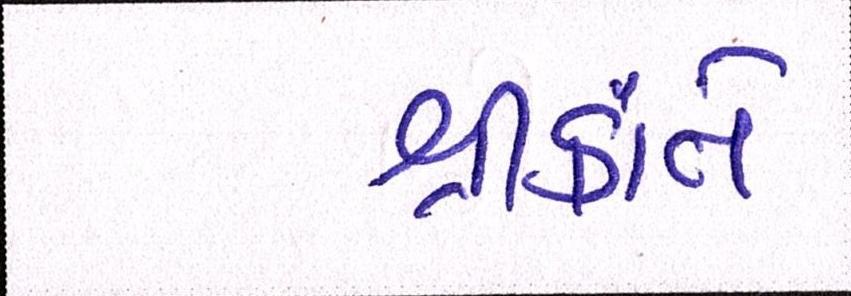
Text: શ્રીકાંતે